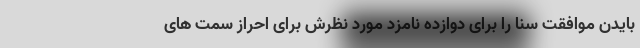
بایدن موافقت سنا را برای دوازده نامزد مورد نظرش برای احراز سمت های